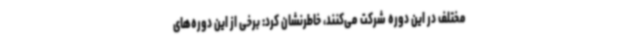
مختلف در این دوره شرکت می‌کنند، خاطرنشان کرد: برخی از این دوره‌های